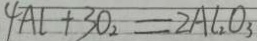
4 A l + 3 O _ { 2 } = 2 A l _ { 2 } O _ { 3 }